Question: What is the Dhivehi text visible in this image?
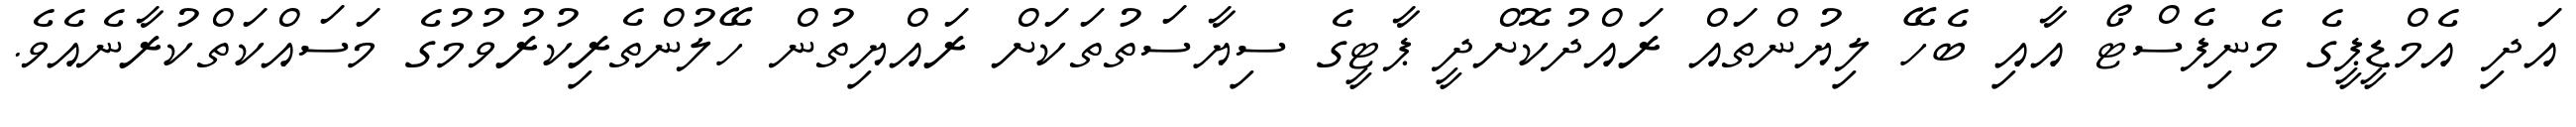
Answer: އަދި އެމްޑީޕީގެ މެނިފެސްޓޯ އާއި ބެހޭ ލިޔުންތައް ރައްދުކޮށްދީ ޕާޓީގެ ސިޔާސަތުތަކަށް ރައްޔިތުން ހޭލުންތެރިކުރުވުމުގެ މަސައްކަތްކުރާނެއެވެ.